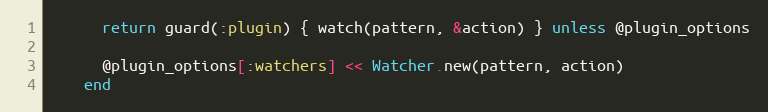
Language: Ruby
      return guard(:plugin) { watch(pattern, &action) } unless @plugin_options

      @plugin_options[:watchers] << Watcher.new(pattern, action)
    end